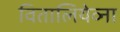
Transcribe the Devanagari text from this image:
वितालियेव्ना